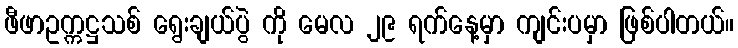
ဖီဖာဥက္ကဋ္ဌသစ် ရွေးချယ်ပွဲ ကို မေလ ၂၉ ရက်နေ့မှာ ကျင်းပမှာ ဖြစ်ပါတယ်။